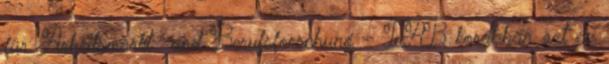
für Arbeitsmarkt- und Berufsforschung – IAB korábban azt az